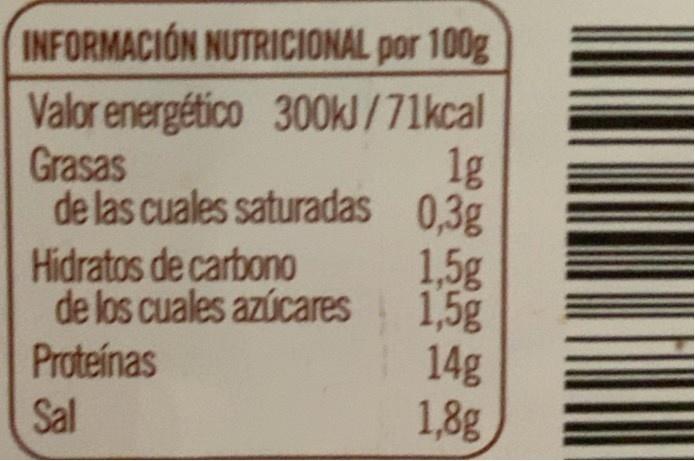
INFORMACIÓN NUTRICIONAL por 100g
Valor energético 300KJ /71kcal Grasas de las cuales saturadas 0.3g
1g
Hidratos de carbono de los cuales azúcares Proteinas
1,5g 1,5g 14g 1,8g
Sal